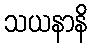
သယနာနိ